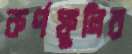
কর্ণফুলির